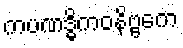
ကပဏဒ္ဓိကဝနိဗ္ဗကေ